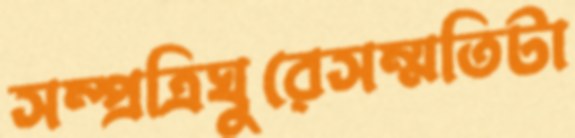
সম্প্রত্রিঘুরেসম্মতিটা